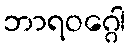
ဘာရဝဂ္ဂေါ